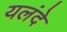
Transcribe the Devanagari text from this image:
यलंदे